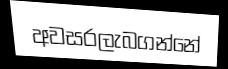
අවසරලැබගන්නේ